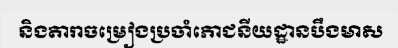
និងតារាចម្រៀងប្រចាំភោជនីយដ្ឋានបឹងមាស